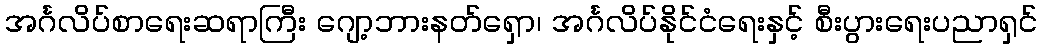
အင်္ဂလိပ်စာရေးဆရာကြီး ဂျော့ဘားနတ်ရှော၊ အင်္ဂလိပ်နိုင်ငံရေးနှင့် စီးပွားရေးပညာရှင်